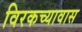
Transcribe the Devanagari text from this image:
विरकच्यावास